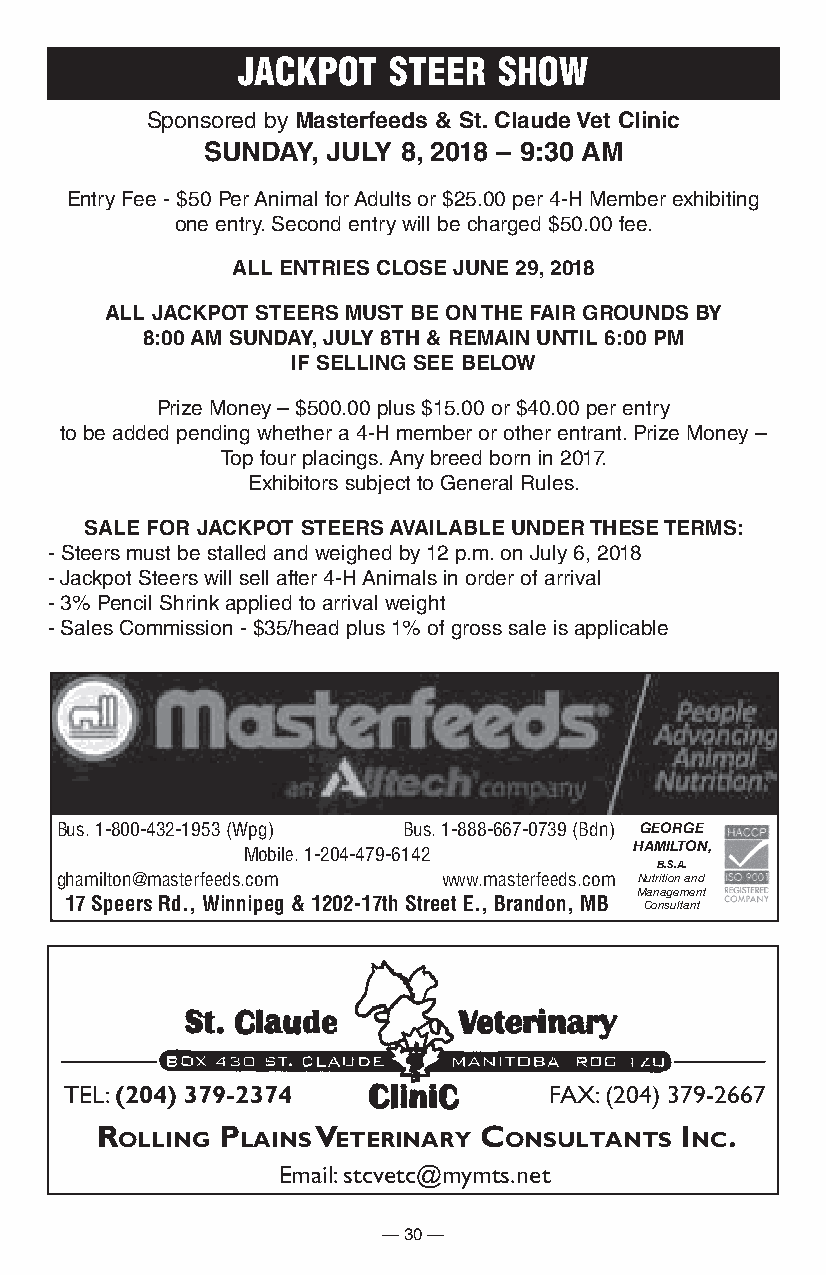
JACkPot   steeR  show
 Sponsored by Masterfeeds & St. claude vet clinic
 SUnDay,  JUly 8, 2018 – 9:30 aM
 Entry Fee - $50 Per Animal for Adults or $25.00 per 4-H Member exhibiting
 one entry. Second entry will be charged $50.00 fee.
 all entrieS cloSe JUne 29, 2018
 all JacKpot SteerS MUSt Be on the Fair GroUnDS By
 8:00 aM SUnDay, JUly 8th & reMain Until 6:00 pM
 iF SellinG See BeloW
 Prize Money – $500.00 plus $15.00 or $40.00 per entry
 to be added pending whether a 4-H member or other entrant. Prize Money –
 Top four placings. Any breed born in 2017.
 Exhibitors subject to General Rules.
 Sale For JacKpot SteerS availaBle UnDer theSe terMS:
 - Steers must be stalled and weighed by 12 p.m. on July 6, 2018
 - Jackpot Steers will sell after 4-H Animals in order of arrival
 - 3% Pencil Shrink applied to arrival weight
 - Sales Commission - $35/head plus 1% of gross sale is applicable
 Bus. 1-800-432-1953 (Wpg) Bus. 1-888-667-0739 (Bdn) GEORGE
 HAMILTON,
 Mobile. 1-204-479-6142
 B.S.A.
 ghamilton@masterfeeds.com www.masterfeeds.com Nutrition and
 Management
 17 Speers Rd., Winnipeg & 1202-17th Street E., Brandon, MB Consultant
 TEL: (204) 379-2374             FAX: (204) 379-2667
 R       P      V          C            i  .
 olling  lains eteRinaRy  onsultants   nC
 Email: stcvetc@mymts.net
 — 30 —